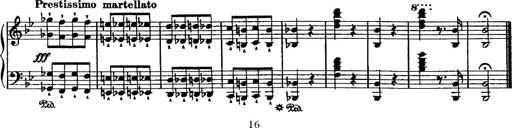
Title: Grande valse di bravura
Composer: Franz Liszt